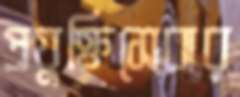
প্রযুক্তিসেবার